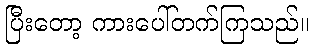
ပြီးတော့ ကားပေါ်တက်ကြသည်။